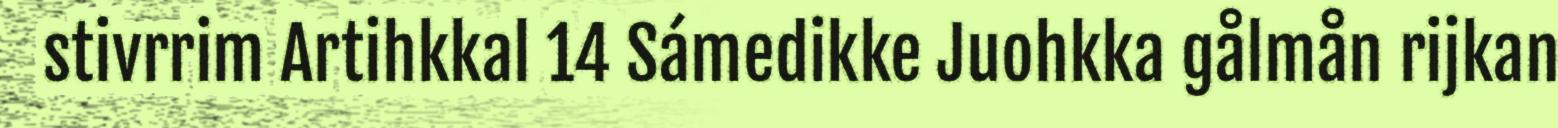
stivrrim Artihkkal 14 Sámedikke Juohkka gålmån rijkan